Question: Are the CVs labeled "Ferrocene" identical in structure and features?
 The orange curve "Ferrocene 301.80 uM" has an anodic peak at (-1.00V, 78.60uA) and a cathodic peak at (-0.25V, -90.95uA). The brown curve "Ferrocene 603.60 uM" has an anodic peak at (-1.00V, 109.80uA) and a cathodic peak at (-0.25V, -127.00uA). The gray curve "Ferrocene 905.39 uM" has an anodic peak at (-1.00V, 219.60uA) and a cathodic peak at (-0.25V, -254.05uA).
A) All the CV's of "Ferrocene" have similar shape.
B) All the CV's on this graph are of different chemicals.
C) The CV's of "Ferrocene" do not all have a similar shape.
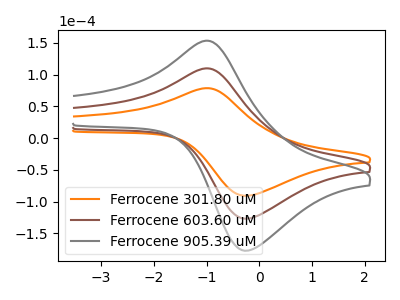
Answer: <think>All the peaks in "Ferrocene 301.80 uM" have a peak in "Ferrocene 603.60 uM" at the same potential. Every peak in "Ferrocene 301.80 uM" is lower than every peak in "Ferrocene 603.60 uM". All the peaks in "Ferrocene 301.80 uM" have a peak in "Ferrocene 905.39 uM" at the same potential. Every peak in "Ferrocene 301.80 uM" is lower than every peak in "Ferrocene 905.39 uM". All the peaks in "Ferrocene 603.60 uM" have a peak in "Ferrocene 905.39 uM" at the same potential. Every peak in "Ferrocene 603.60 uM" is lower than every peak in "Ferrocene 905.39 uM".
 </think>
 <answer>A) All the CV's of "Ferrocene" have similar shape.</answer>
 <eval>A</eval>